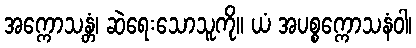
အက္ကောသန္တံ၊ ဆဲရေးသောသူကို။ ယံ အပစ္စက္ကောသနံဝါ၊